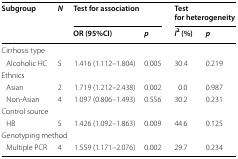
<table><thead><tr><td rowspan="2"><b>Subgroup</b></td><td rowspan="2"><b><i>N</i></b></td><td colspan="2"><b>Test for association</b></td><td colspan="2"><b>Test for heterogeneity</b></td></tr><tr><td><b>OR (95%CI)</b></td><td><b><i>p</i></b></td><td><b><i>I</i><sup>2</sup> (%)</b></td><td><b><i>p</i></b></td></tr></thead><tbody><tr><td colspan="6">Cirrhosis type</td></tr><tr><td> Alcoholic HC</td><td>5</td><td>1.416 (1.112–1.804)</td><td>0.005</td><td>30.4</td><td>0.219</td></tr><tr><td colspan="6">Ethnics</td></tr><tr><td> Asian</td><td>2</td><td>1.719 (1.212–2.438)</td><td>0.002</td><td>0.0</td><td>0.987</td></tr><tr><td> Non-Asian</td><td>4</td><td>1.097 (0.806–1.493)</td><td>0.556</td><td>30.2</td><td>0.231</td></tr><tr><td colspan="6">Control source</td></tr><tr><td> HB</td><td>5</td><td>1.426 (1.092–1.863)</td><td>0.009</td><td>44.6</td><td>0.125</td></tr><tr><td colspan="6">Genotyping method</td></tr><tr><td> Multiple PCR</td><td>4</td><td>1.559 (1.171–2.076)</td><td>0.002</td><td>29.7</td><td>0.234</td></tr></tbody></table>